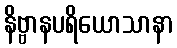
နိဗ္ဗာနပရိယောသာနာ